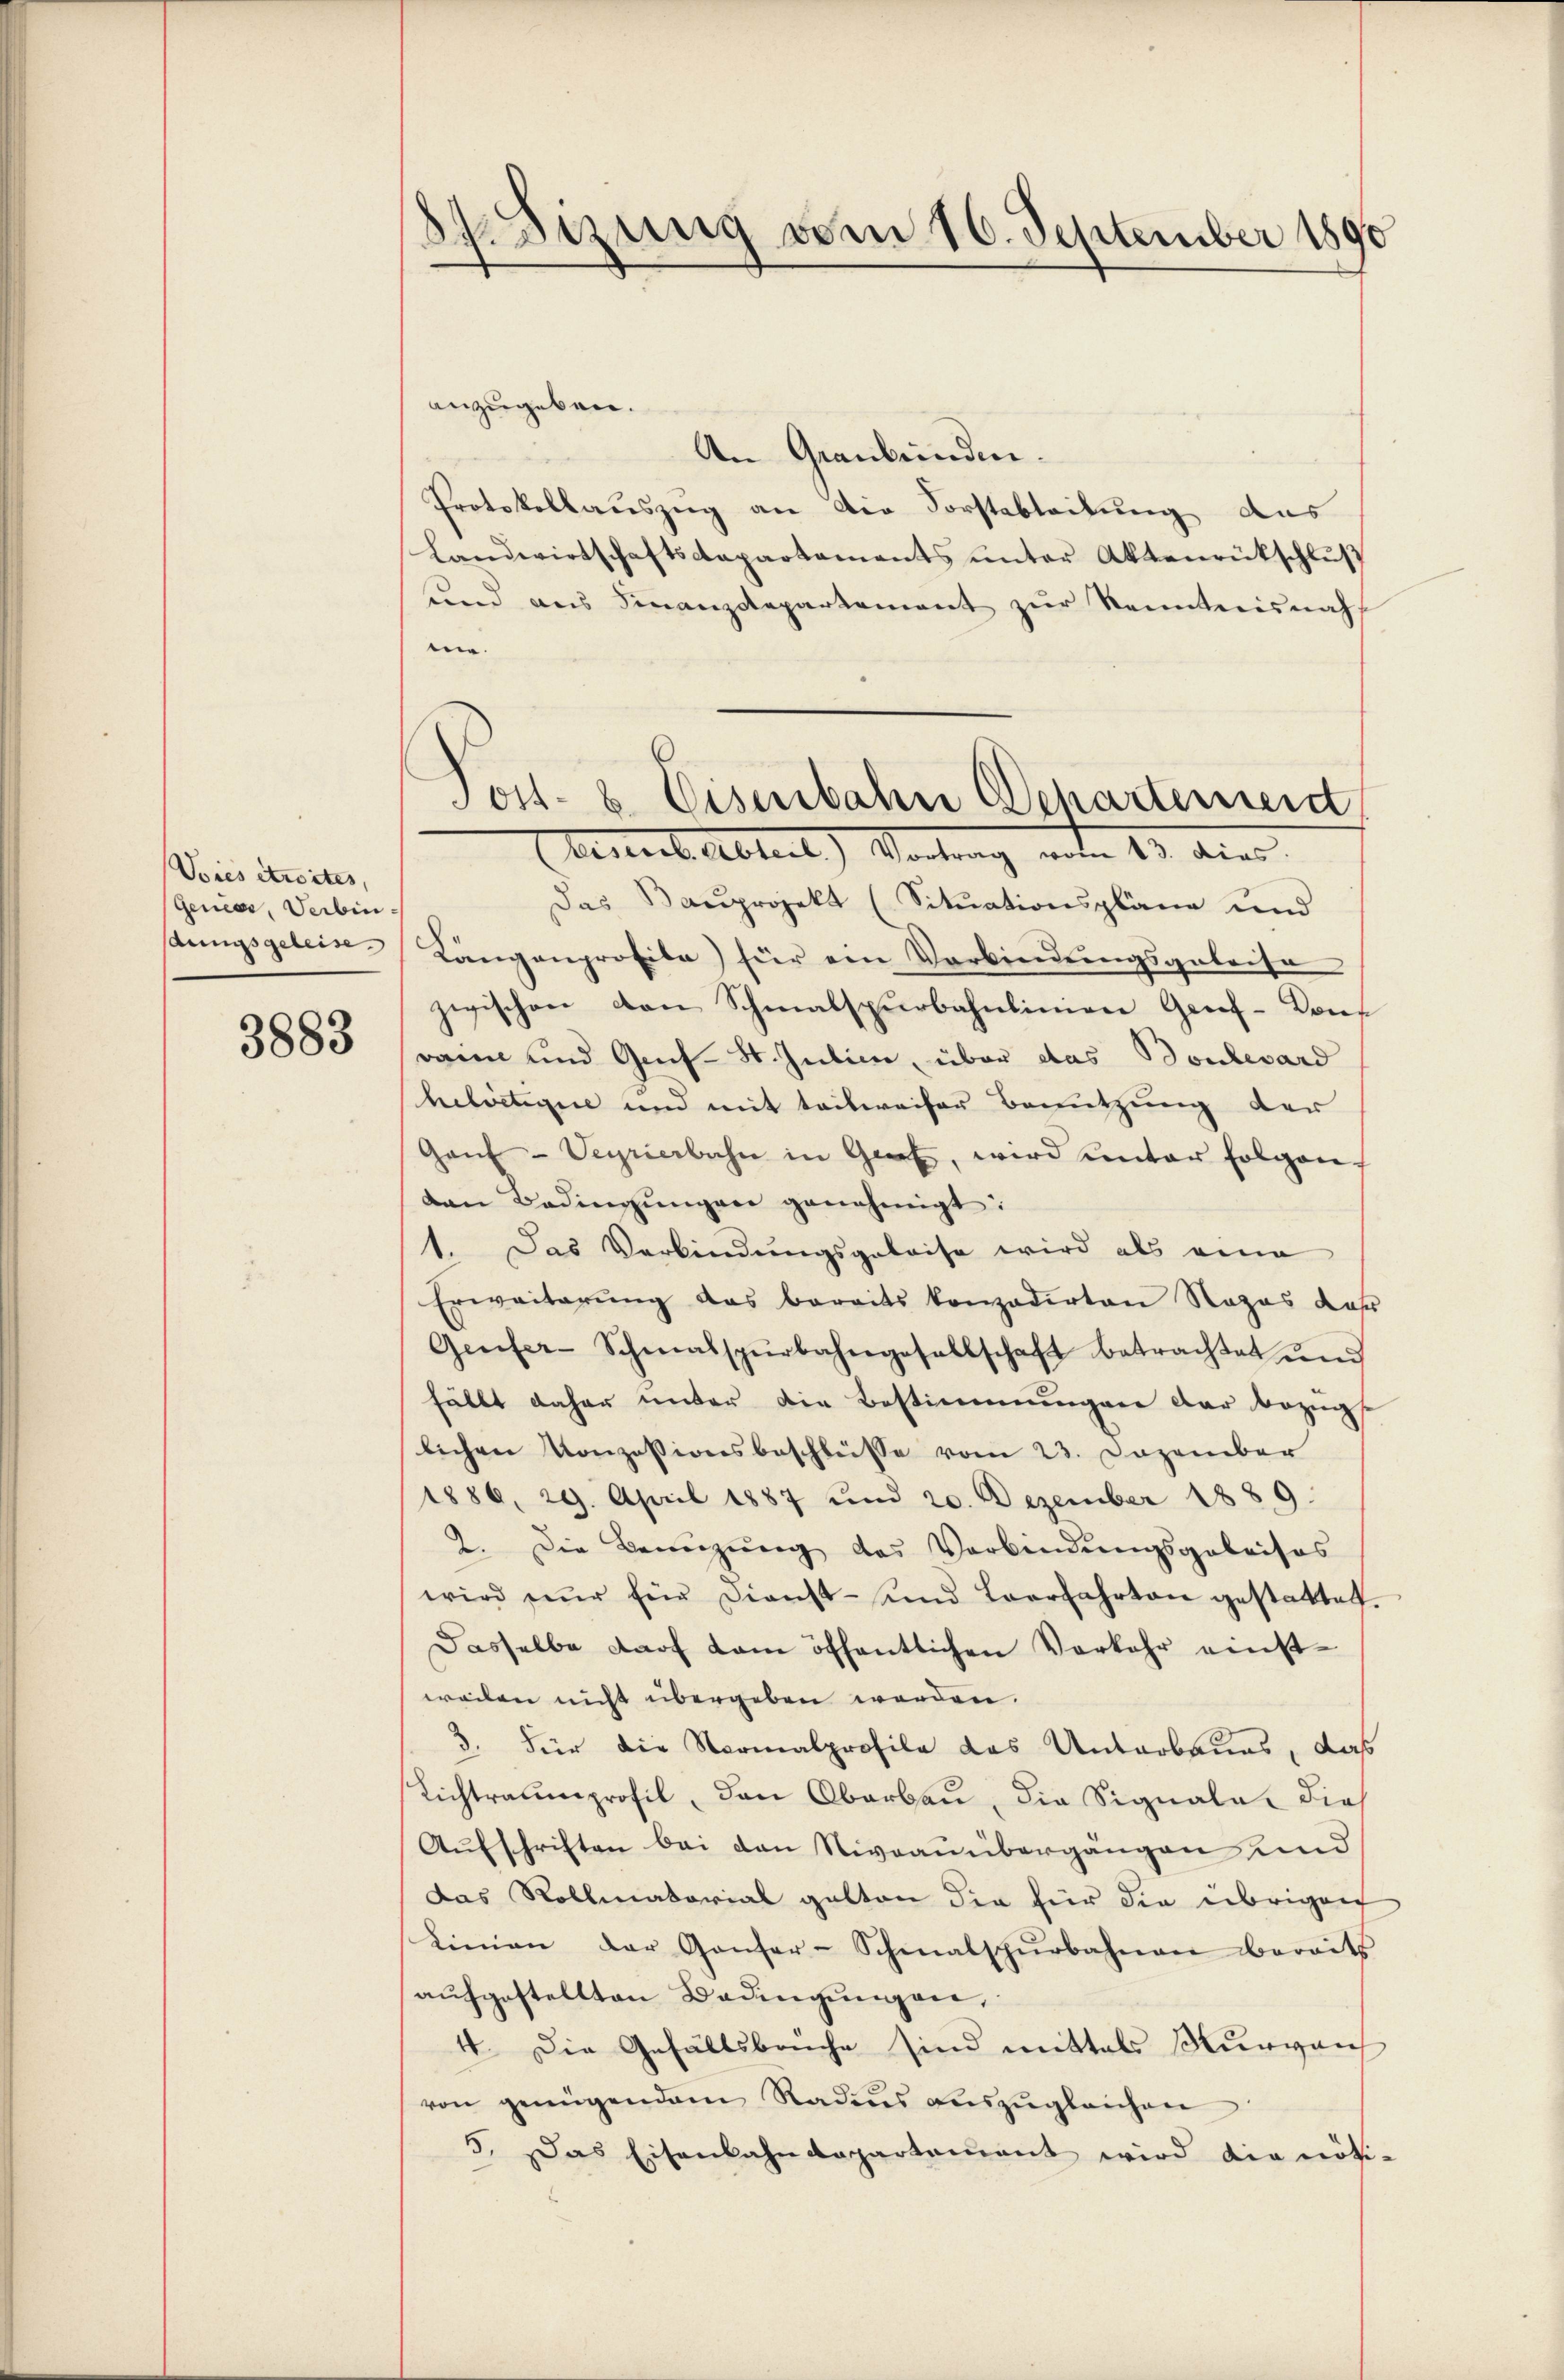
Voies étroites,
Gener, Verbindungsgeleise.

3883

Spetzung vom 16. September 1890

anzugeben.
An Graubünden.
Protokollauszug an die Forstabteilung aus
Landwirtschaftsdepartements ŭnter Aktenrückschlŭβ
und aus Finanzdepartement zŭr Kenntnisnah
ein.
Bestris Abteil) Vortrag von 13. die
Das Baŭprojekt (Sitŭationspläne und
Langenprofila) für ein Verbindungsgeleise
zwischen den Schmalspurbahnlinien Graf-Cons
rain und Geif-St. Intime, über das Boulevard
helvetizire und mit teilweiser Benutzung der
Gaŭf-Veyrierbahn in Gert, wird unter folgen-
dan Bedingŭngen genehmigt:
1. Das Verbindungsgeleise wird als eine
Erweiterung das bereits konzedirten Rozas dar
Genfer-Schmalspürbahngesellschaft betrachtet und
fällt daher unter die Bestimmungen der bezüglichen Konzessionsbeschlüsse vom 23. Dezember
1886. 29. April 1887 und 20. Dezember 1889.
2. Die Benuzŭng des Verbindŭngsgeleises
wird nur für dienst- und Leerfahrten gestattet.
Dasselbe darf dem öffentlichen Vorkehr einstweilen nicht übergeben werden.
3. Für die Normalprofile das Unterbaues, daß
Lichtraumprofil, den Oberbau, die Signale, dies
Aufschriften bei den Niveauübergangen und
das Rollmatorial gelten die für die übrigen
Linien der Ganter-Schmalspŭrbahnen bereits
aufgestellten Bedingungen,
4. Die Gefällsbruche sind mittels Thurgau
von genügendem Radius auszugleichen
5. Das Eisenbahndepartamant wird die nöti-

Jost- u. Eisenbahn Schartemend